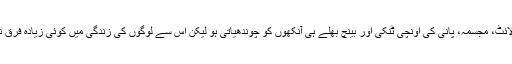
اسٹریٹ لائٹ، مجسمہ، پانی کی اونچی ٹنکی اور بینچ بھلے ہی آنکھوں کو چوندھیاتی ہو لیکن اس سے لوگوں کی زندگی میں کوئی زیادہ فرق نہیں پڑتا۔